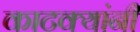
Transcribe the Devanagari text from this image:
काटक्यांनी